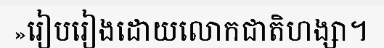
»រៀបរៀងដោយលោកជាតិហង្សា។